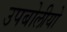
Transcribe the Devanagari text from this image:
उपबोलीयो